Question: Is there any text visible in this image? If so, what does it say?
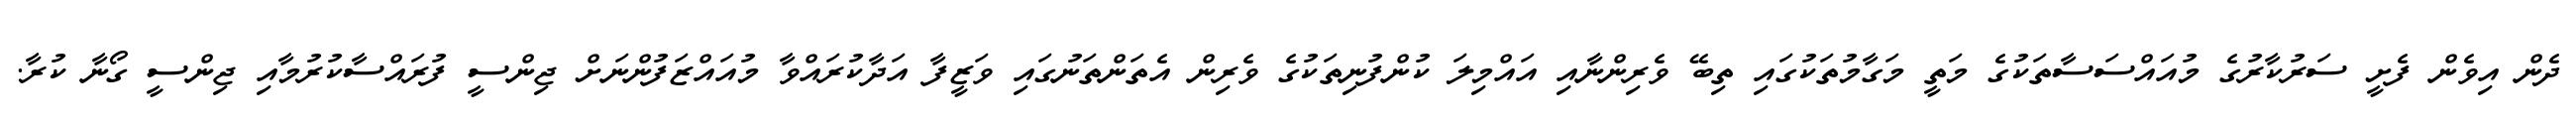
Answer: ދެން އިވެން ފެށީ ސަރުކާރުގެ މުއައްސަސާތަކުގެ މަތީ މަގާމުތަކުގައި ތިބޭ ވެރިންނާއި އައްމިލަ ކުންފުނިތަކުގެ ވެރިން އެތަންތަނުގައި ވަޒީފާ އަދާކުރައްވާ މުއައްޒަފުންނަށް ޖިންސީ ފުރައްސާކުރުމާއި ޖިންސީ ގޯނާ ކުރާ.